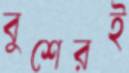
বুশেরই